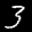
Label: 3